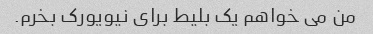
من می خواهم یک بلیط برای نیویورک بخرم.